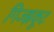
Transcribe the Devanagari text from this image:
गिज्झकूट